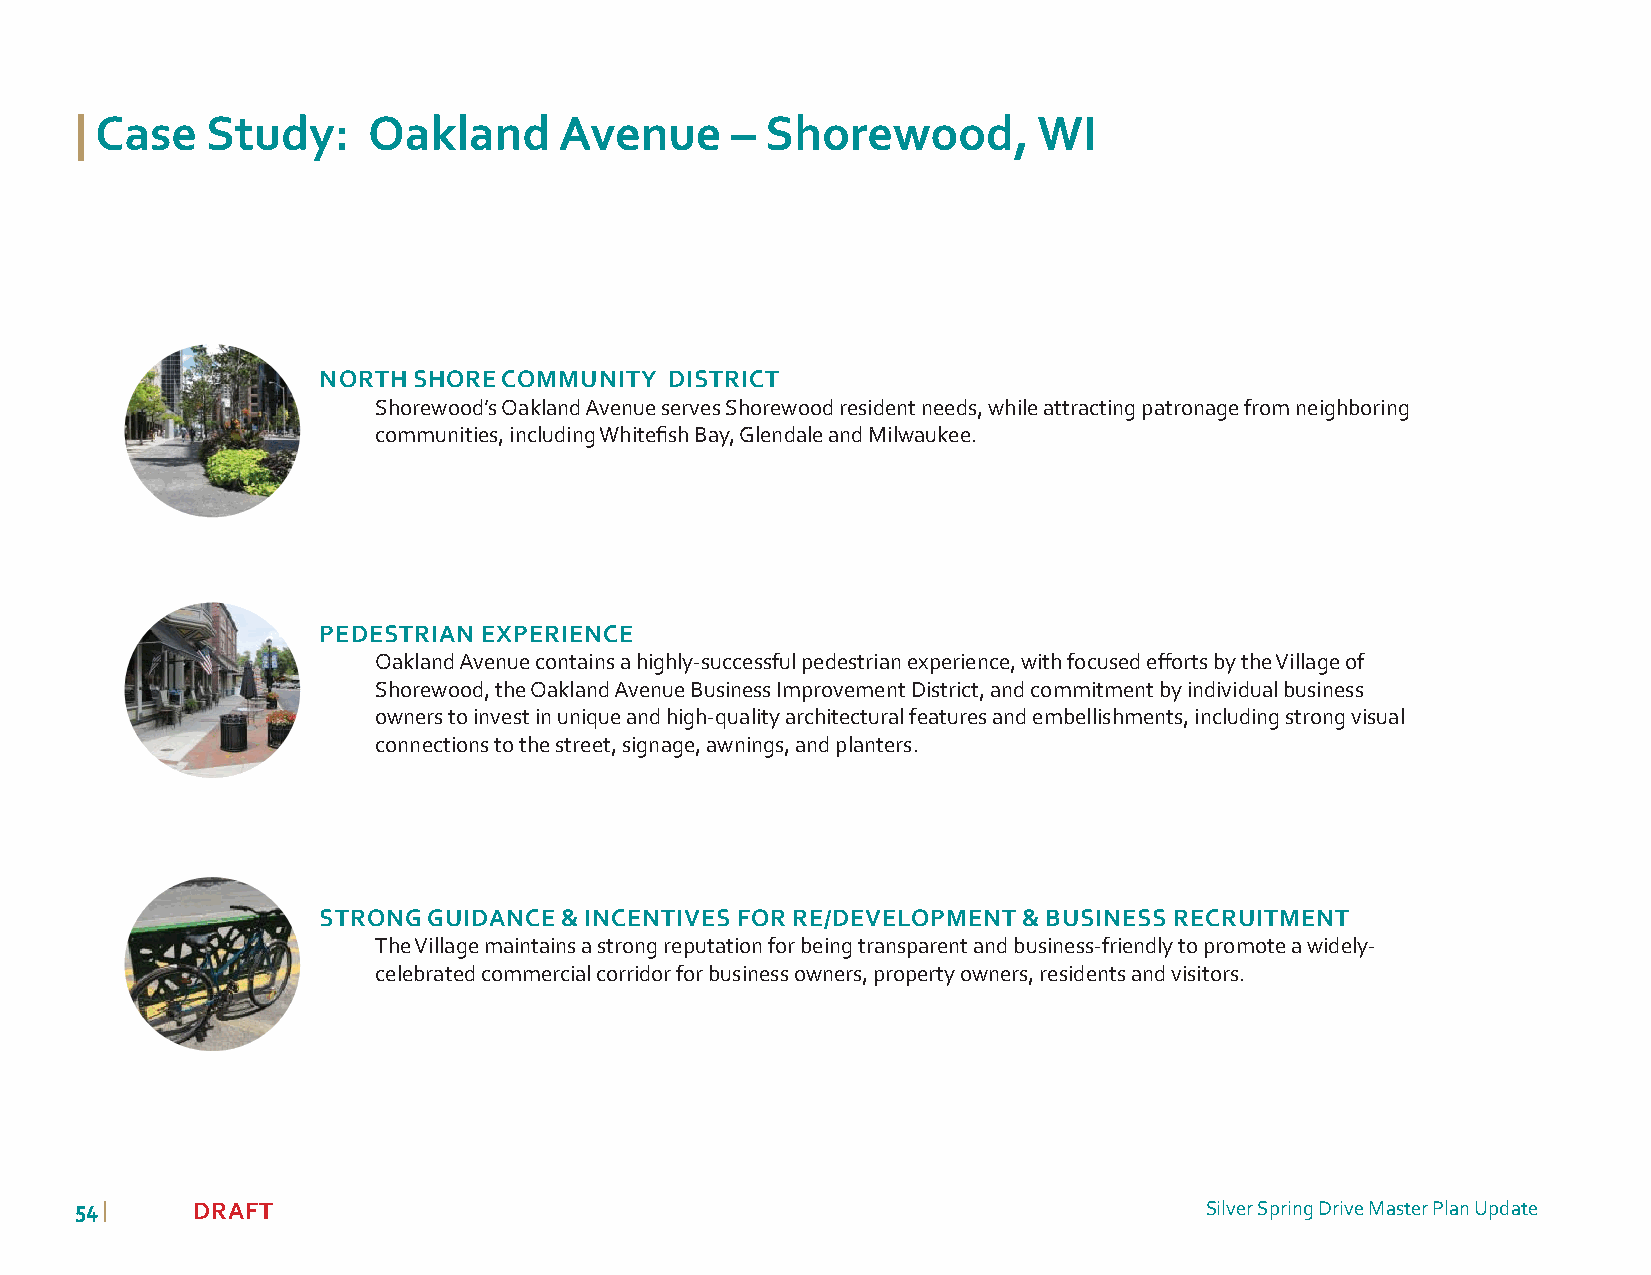
| Case   Study:    Oakland      Avenue     –  Shorewood,        WI
 NORTH SHORE COMMUNITY  DISTRICT
 Shorewood’s Oakland Avenue serves Shorewood resident needs, while attracting patronage from neighboring
 communities, including Whitefi sh Bay, Glendale and Milwaukee.
 PEDESTRIAN EXPERIENCE
 Oakland Avenue contains a highly-successful pedestrian experience, with focused eff orts by the Village of
 Shorewood, the Oakland Avenue Business Improvement District, and commitment by individual business
 owners to invest in unique and high-quality architectural features and embellishments, including strong visual
 connections to the street, signage, awnings, and planters.
 STRONG GUIDANCE & INCENTIVES FOR RE/DEVELOPMENT & BUSINESS RECRUITMENT
 The Village maintains a strong reputation for being transparent and business-friendly to promote a widely-
 celebrated commercial corridor for business owners, property owners, residents and visitors.
 5544 |  DRAFT                                                              Silver Spring Drive Master Plan Update